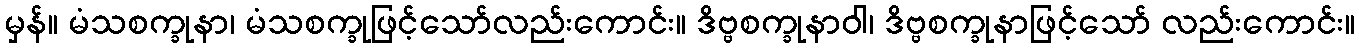
မှန်။ မံသစက္ခုနာ၊ မံသစက္ခုဖြင့်သော်လည်းကောင်း။ ဒိဗ္ဗစက္ခုနာဝါ၊ ဒိဗ္ဗစက္ခုနာဖြင့်သော် လည်းကောင်း။